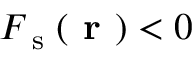
{ \cal F } _ { \textrm { s } } ( \textbf { r } ) < 0